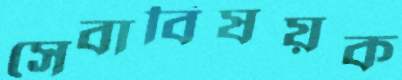
সেবাবিষয়ক